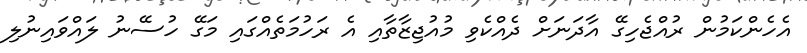
އެހެންކަމުން ރުއްޖެހިގޭ އާދަނަށް ދެއްކެވި މުއުޖިޒާތާއި އެ ރަހުމަތެއްގައި މަގޭ ހުސޭނު ލައްވައިނުލި